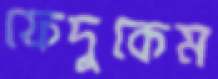
ফেদুকেম